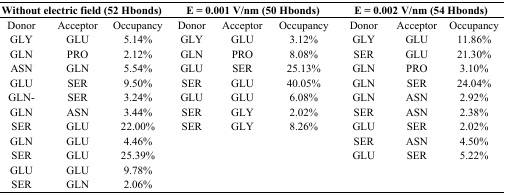
| <COLSPAN=3> Without electric field (52 Hbonds) | <COLSPAN=3> E = 0.001 V/nm (50 Hbonds) | <COLSPAN=3> E = 0.002 V/nm (54 Hbonds) |
 | --- | --- | --- | --- | --- | --- | --- | --- | --- |
 | Donor | Acceptor | Occupancy | Donor | Acceptor | Occupancy | Donor | Acceptor | Occupancy |
 | GLY | GLU | 5.14% | GLY | GLU | 3.12% | GLY | GLU | 11.86% |
 | GLN | PRO | 2.12% | GLN | PRO | 8.08% | SER | GLU | 21.30% |
 | ASN | GLN | 5.54% | GLU | SER | 25.13% | GLN | PRO | 3.10% |
 | GLU | SER | 9.50% | SER | GLU | 40.05% | GLN | SER | 24.04% |
 | GLN- | SER | 3.24% | GLU | GLU | 6.08% | GLN | ASN | 2.92% |
 | GLN | ASN | 3.44% | SER | GLY | 2.02% | SER | ASN | 2.38% |
 | SER | GLU | 22.00% | SER | GLY | 8.26% | GLU | SER | 2.02% |
 | GLN | GLU | 4.46% |  |  |  | SER | ASN | 4.50% |
 | SER | GLU | 25.39% |  |  |  | GLU | SER | 5.22% |
 | GLU | GLU | 9.78% |  |  |  |  |  |  |
 | SER | GLN | 2.06% |  |  |  |  |  |  |